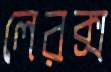
লেরক্স